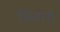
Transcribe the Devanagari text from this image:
फ़िग़ानी